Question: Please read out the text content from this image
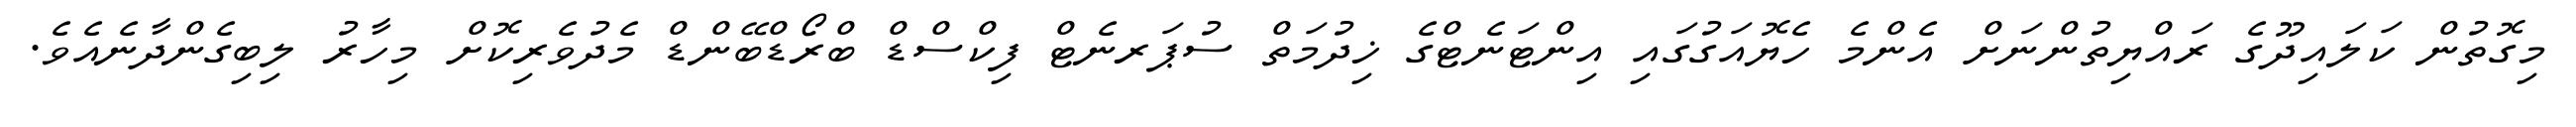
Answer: މިގޮތުން ކަލައިދޫގެ ރައްޔިތުންނަށް އެންމެ ހެޔޮއަގުގައި އިންޓަނެޓްގެ ޚިދުމަތް ސުޕަރނެޓް ފިކްސްޑް ބްރޯޑްބޭންޑް މެދުވެރިކޮށް މިހާރު ލިބިގެންދާނެއެވެ.